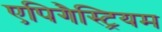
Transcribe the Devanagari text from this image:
एपिगैस्ट्रियम